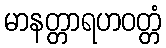
မာနတ္တာရဟဝတ္တံ